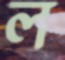
ল